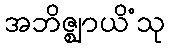
အဘိဇ္ဈာယိံသု